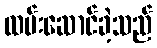
ထမ်းဆောင်ခဲ့သည်